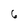
Character: 6